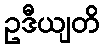
ဥဒီယျတိ